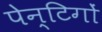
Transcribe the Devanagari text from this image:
पेन्टिगों